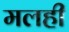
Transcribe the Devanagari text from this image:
मलही